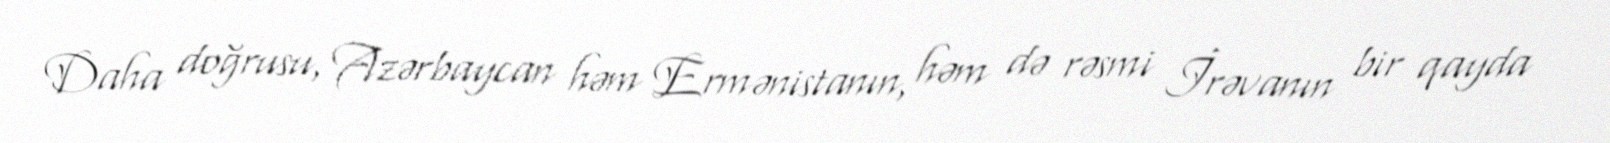
Daha doğrusu, Azərbaycan həm Ermənistanın, həm də rəsmi İrəvanın bir qayda